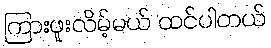
ကြားဖူးလိမ့်မယ် ထင်ပါတယ်